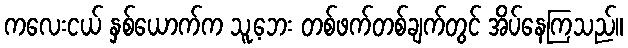
ကလေးငယ် နှစ်ယောက်က သူ့ဘေး တစ်ဖက်တစ်ချက်တွင် အိပ်နေကြသည်။